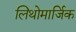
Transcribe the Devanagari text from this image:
लिथोमार्जिक